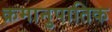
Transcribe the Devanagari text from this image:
क्रमानुपातिक